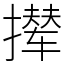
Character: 撵